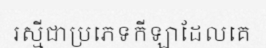
រស្មីជាប្រភេទកីឡាដែលគេ